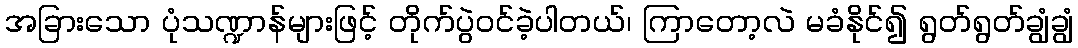
အခြားသော ပုံသဏ္ဍာန်များဖြင့် တိုက်ပွဲဝင်ခဲ့ပါတယ်၊ ကြာတော့လဲ မခံနိုင်၍ ရွတ်ရွတ်ချွံချွံ